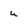
Character: u